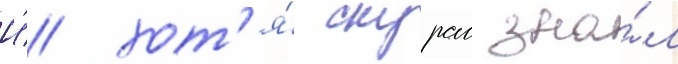
И́ хот'я́ скурас зна́л